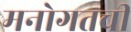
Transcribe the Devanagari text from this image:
मनोगतची